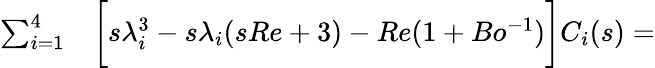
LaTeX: \begin{array}{rl}{\sum_{i=1}^{4}}&{{}\bigg[s\lambda_{i}^{3}-s\lambda_{i}(sRe+3)-Re(1+Bo^{-1})\bigg]C_{i}(s)=}\end{array}